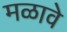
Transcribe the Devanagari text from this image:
मळावे